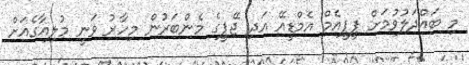
މި ބައްދަލުވުމަށް ޕީޕީއެމް އެމްޑީއޭ އަދި ޖޭޕީގެ މެންބަރުން މިހާރު ވަނީ މުލިއާގެއަށް